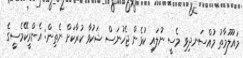
މައުލޫމާތު މުއްސަނދިވި މެސީ ނުލައި ކުޅެން ޖެހުނަސް ޝަކުވާ ކުރާކަށް ނެތިން: އެންރީކޭމެސީގެ